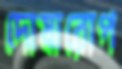
দোষারোপ